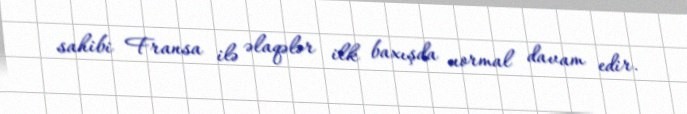
sahibi Fransa ilə əlaqələr ilk baxışda normal davam edir.